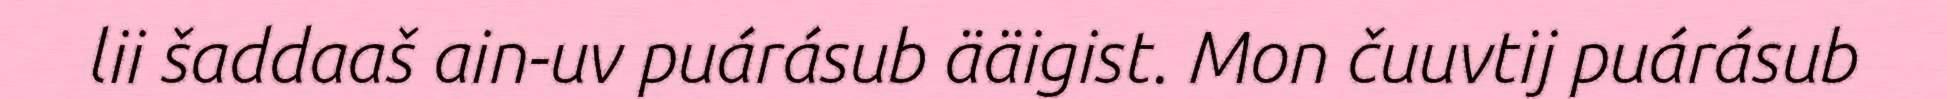
lii šaddaaš ain-uv puárásub ääigist. Mon čuuvtij puárásub